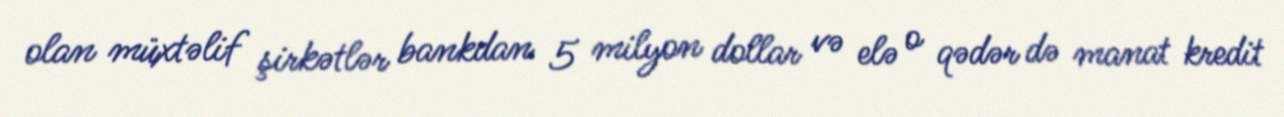
olan müxtəlif şirkətlər bankdan 5 milyon dollar və elə o qədər də manat kredit